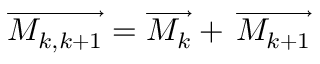
\overrightarrow { M _ { k , k + 1 } } = \overrightarrow { M _ { k } } + \, \overrightarrow { M _ { k + 1 } }